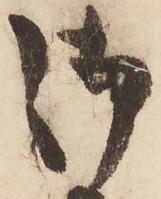
御